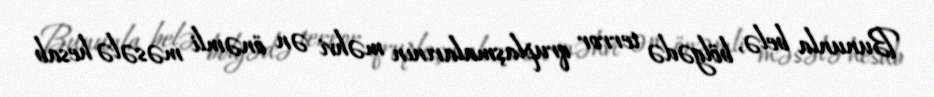
Bununla belə, bölgədə terror qruplaşmalarının məhvi ən önəmli məsələ hesab